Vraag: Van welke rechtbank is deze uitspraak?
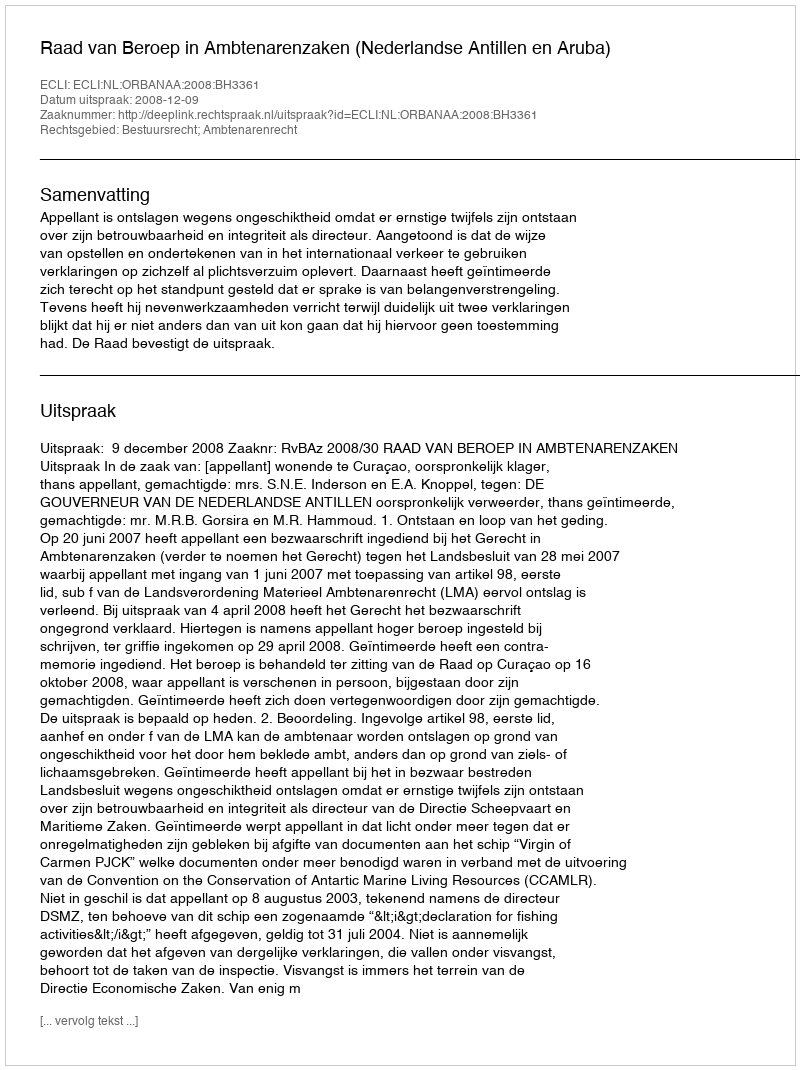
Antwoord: Raad van Beroep in Ambtenarenzaken (Nederlandse Antillen en Aruba)